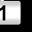
Digit: 1